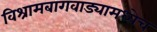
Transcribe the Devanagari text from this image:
विश्रामबागवाड्यामध्येच